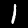
Label: 1